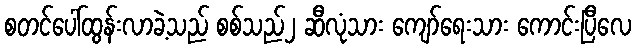
စတင်ပေါ်ထွန်းလာခဲ့သည် စစ်သည်၂ ဆီလုံသား ကျော်ရေးသား ကောင်းပြီလေ